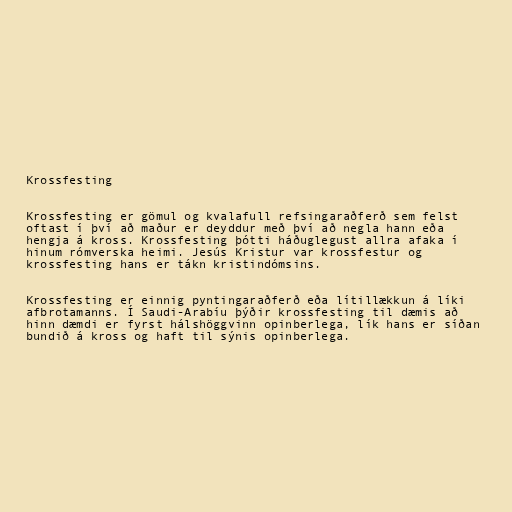
Krossfesting

Krossfesting er gömul og kvalafull refsingaraðferð sem felst
oftast í því að maður er deyddur með því að negla hann eða
hengja á kross. Krossfesting þótti háðuglegust allra afaka í
hinum rómverska heimi. Jesús Kristur var krossfestur og
krossfesting hans er tákn kristindómsins.

Krossfesting er einnig pyntingaraðferð eða lítillækkun á líki
afbrotamanns. Í Saudi-Arabíu þýðir krossfesting til dæmis að
hinn dæmdi er fyrst hálshöggvinn opinberlega, lík hans er síðan
bundið á kross og haft til sýnis opinberlega.